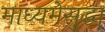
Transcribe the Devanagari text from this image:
माध्यमेसुद्धा